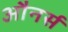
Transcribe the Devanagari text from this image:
औनर्स